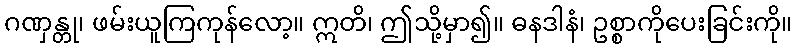
ဂဏှန္တု၊ ဖမ်းယူကြကုန်လော့။ ဣတိ၊ ဤသို့မှာ၍။ ဓနဒါနံ၊ ဥစ္စာကိုပေးခြင်းကို။